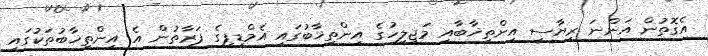
އެގޮތުން އަންނަ ރިޔާސީ އިންތިޚާބާއި މަޖިލީހުގެ އިންތިޚާބުގައި އެމްޑީޕީގެ ފަރާތުން އެ އިންތިޚާބުތަކުގައި